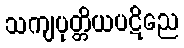
သကျပုတ္တိယပဋိညေ